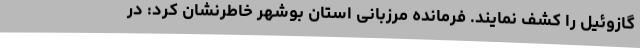
گازوئیل را کشف نمایند. فرمانده مرزبانی استان بوشهر خاطرنشان کرد: در